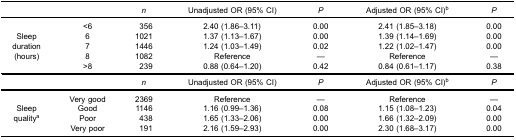
<table><thead><tr><td colspan="2"><b> </b></td><td><b><i>n</i></b></td><td><b>Unadjusted OR (95% CI)</b></td><td><b><i>P</i></b></td><td><b>Adjusted OR (95% CI)<sup>b</sup></b></td><td><b><i>P</i></b></td></tr></thead><tbody><tr><td rowspan="5">Sleepduration(hours)</td><td>&lt;6</td><td>356</td><td>2.40 (1.86–3.11)</td><td>0.00</td><td>2.41 (1.85–3.18)</td><td>0.00</td></tr><tr><td>6</td><td>1021</td><td>1.37 (1.13–1.67)</td><td>0.00</td><td>1.39 (1.14–1.69)</td><td>0.00</td></tr><tr><td>7</td><td>1446</td><td>1.24 (1.03–1.49)</td><td>0.02</td><td>1.22 (1.02–1.47)</td><td>0.00</td></tr><tr><td>8</td><td>1082</td><td>Reference</td><td>—</td><td>Reference</td><td>—</td></tr><tr><td>&gt;8</td><td>239</td><td>0.88 (0.64–1.20)</td><td>0.42</td><td>0.84 (0.61–1.17)</td><td>0.38</td></tr><tr><td colspan="2"> </td><td><i>n</i></td><td>Unadjusted OR (95% CI)</td><td><i>P</i></td><td>Adjusted OR (95% CI)<sup>b</sup></td><td><i>P</i></td></tr><tr><td rowspan="4">Sleepquality<sup>a</sup></td><td>Very good</td><td>2369</td><td>Reference</td><td>—</td><td>Reference</td><td>—</td></tr><tr><td>Good</td><td>1146</td><td>1.16 (0.99–1.36)</td><td>0.08</td><td>1.15 (1.08–1.23)</td><td>0.04</td></tr><tr><td>Poor</td><td>438</td><td>1.65 (1.33–2.06)</td><td>0.00</td><td>1.66 (1.32–2.09)</td><td>0.00</td></tr><tr><td>Very poor</td><td>191</td><td>2.16 (1.59–2.93)</td><td>0.00</td><td>2.30 (1.68–3.17)</td><td>0.00</td></tr></tbody></table>